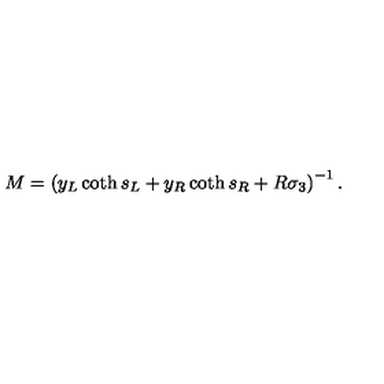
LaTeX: M = \left( y _ { L } \coth s _ { L } + y _ { R } \coth s _ { R } + R \sigma _ { 3 } \right) ^ { - 1 } .